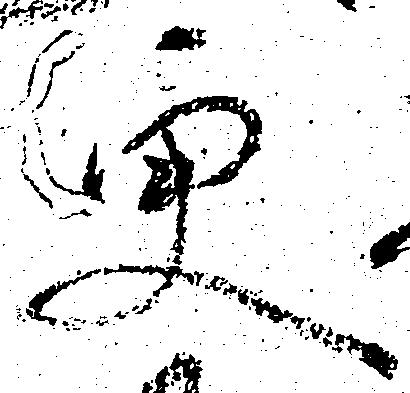
更